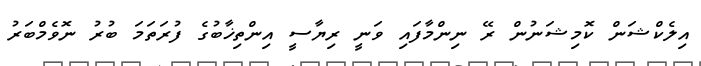
އިލެކްޝަން ކޮމިޝަނުން ރޭ ނިންމާފައި ވަނީ ރިޔާސީ އިންތިޚާބުގެ ފުރަތަމަ ބުރު ނޮވެމްބަރު